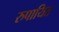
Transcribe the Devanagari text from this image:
रुपायित